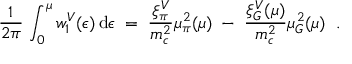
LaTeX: \frac { 1 } { 2 \pi } \, \int _ { 0 } ^ { \mu } w _ { 1 } ^ { V } ( \epsilon ) \, \mathrm { d } \epsilon \; = \; \frac { \xi _ { \pi } ^ { V } } { m _ { c } ^ { 2 } } \mu _ { \pi } ^ { 2 } ( \mu ) \; - \; \frac { \xi _ { G } ^ { V } ( \mu ) } { m _ { c } ^ { 2 } } \mu _ { G } ^ { 2 } ( \mu ) \; \; .